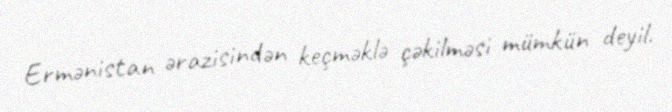
Ermənistan ərazisindən keçməklə çəkilməsi mümkün deyil.